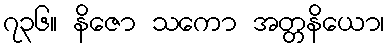
၇၃၆။ နိဇော သကော အတ္တနိယော၊